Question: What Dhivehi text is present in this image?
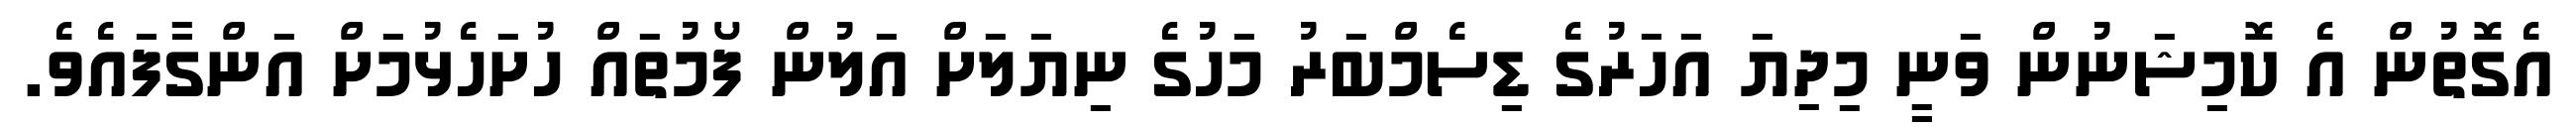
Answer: އެގޮތުން އެ ކޮމިޝަނުން ވަނީ މިދިޔަ އަހަރުގެ ޑިސެމްބަރު މަހުގެ ނިޔަލަށް އަލުން ފޯމުތައް ހުށަހެޅުމަށް އަންގާފައެވެ.